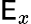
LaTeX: \mathsf{E}_{x}